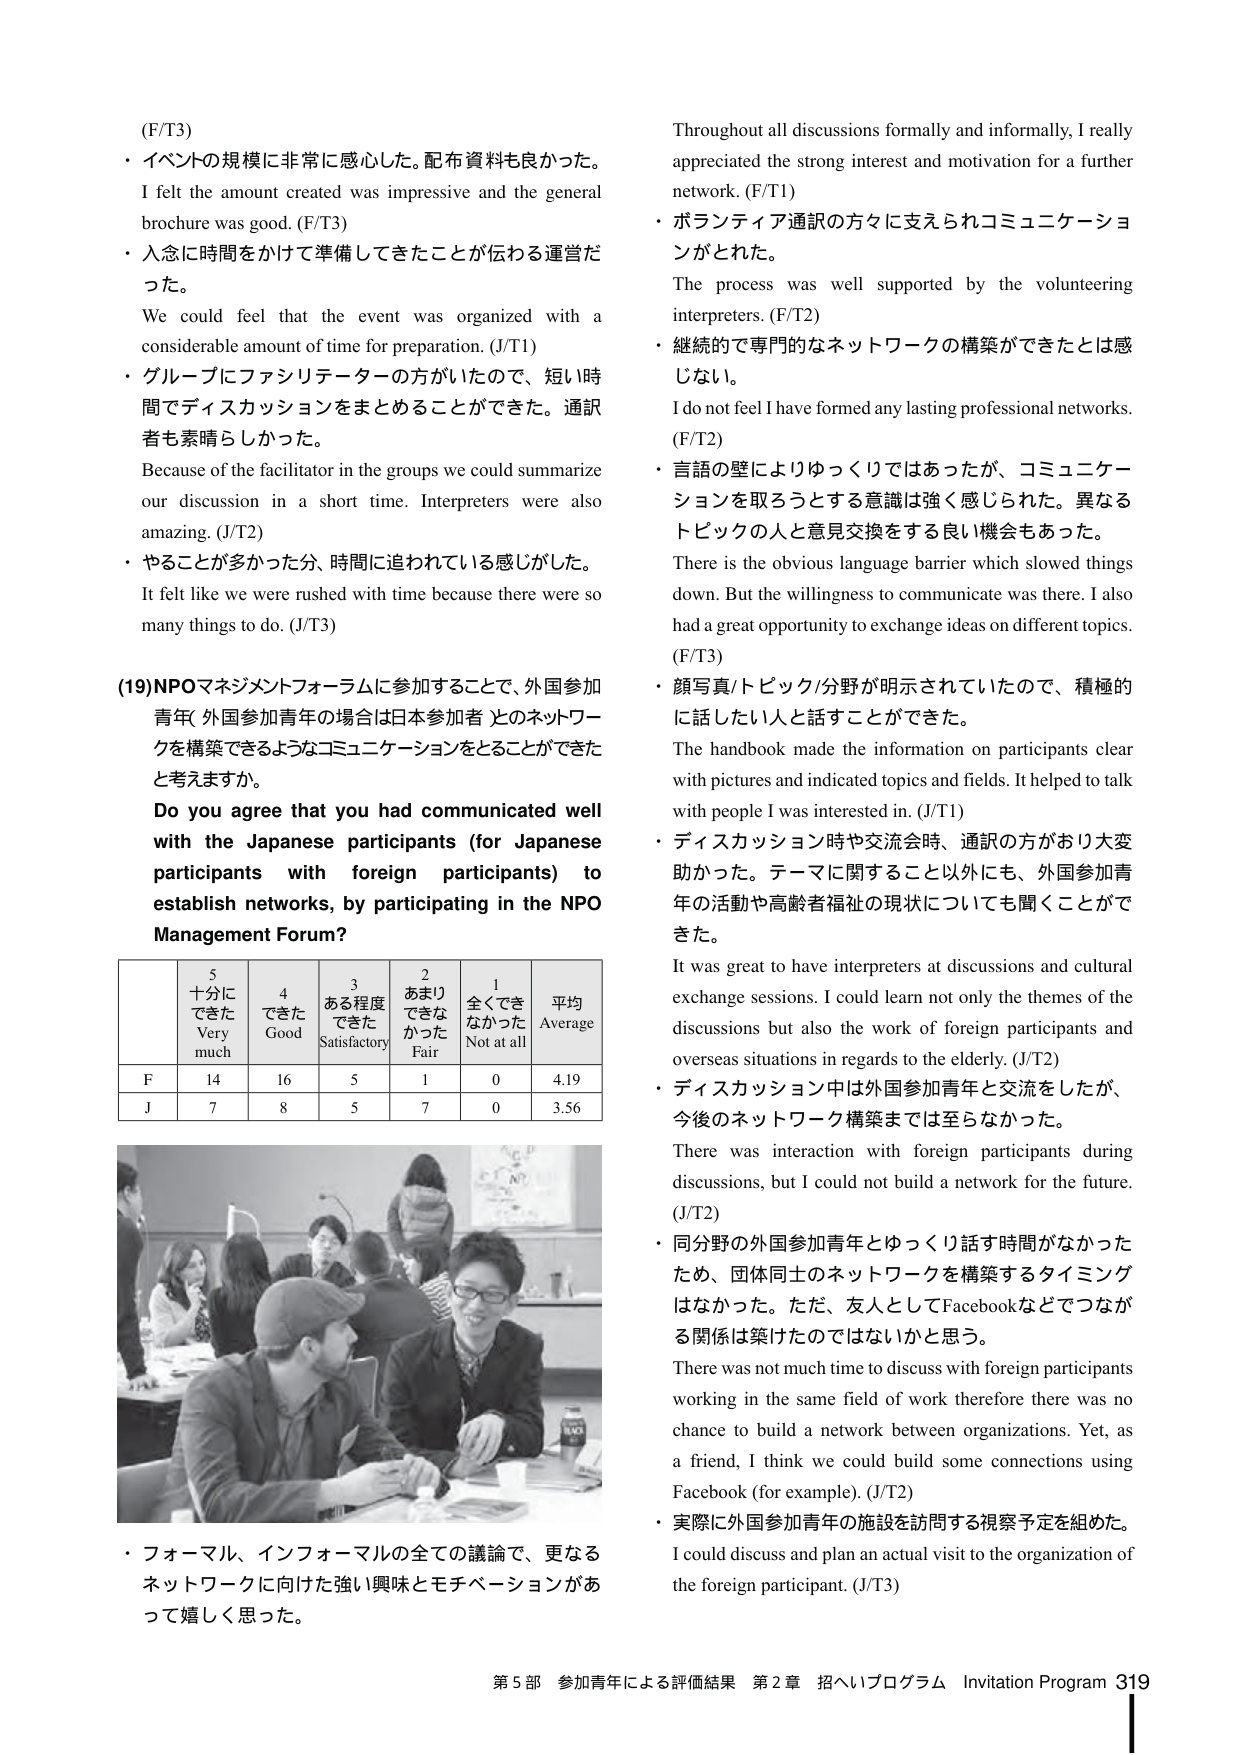
(F/T3)
・イベントの規模に非常に感心した。配布資料も良かった。
I felt the amount created was impressive and the general brochure was good. (F/T3)
・入念に時間をかけて準備してきたいことが伝わる運営だった。
We could feel that the event was organized with a considerable amount of time for preparation. (J/T1)
・グループにファシリテーターの方がいたので、短い時間でディスカッションをまとめることがで きた。通訳者も素晴らしかった。
Because of the facilitator in the groups we could summarize our discussion in a short time. Interpreters were also amazing. (J/T2)
・やることが多かった分、時間に追われている感じがした。
It felt like we were rushed with time because there were so many things to do. (J/T3)

(19)NPOマネジメントフォーラムに参加することで、外国参加青年（外国参加青年の場合は日本参加者）とのネットワークを構築できるようなコミュニケーションをとることができたと考えますか。
Do you agree that you had communicated well with the Japanese participants (for Japanese participants with foreign participants) to establish networks, by participating in the NPO Management Forum?

| | 5 十分にできた Very much | 4 できた Good | 3 ある程度できた Satisfactory | 2 あまりできなかった Fair | 1 全くできなかった Not at all | 平均 Average |
|---|---|---|---|---|---|---|
| F | 14 | 16 | 5 | 1 | 0 | 4.19 |
| J | 7 | 8 | 5 | 7 | 0 | 3.56 |

・フォーマル、インフォーマルの全ての議論で、更なるネットワークに向けた強い興味とモチベーションがあって嬉しく思った。

Throughout all discussions formally and informally, I really appreciated the strong interest and motivation for a further network. (F/T1)
・ボランティア通訳の方々に支えられコミュニケーションがとれた。
The process was well supported by the volunteering interpreters. (F/T2)
・継続的で専門的なネットワークの構築ができたとは感じない。
I do not feel I have formed any lasting professional networks. (F/T2)
・言語の壁によりゆっくりではあったが、コミュニケーションを取ろうとする意識は強く感じられた。異なるトピックの人と意見交換をする良い機会もあった。
There is the obvious language barrier which slowed things down. But the willingness to communicate was there. I also had a great opportunity to exchange ideas on different topics. (F/T3)
・顔写真/トピック/分野が明示されていたので、積極的に話したい人と話すことができた。
The handbook made the information on participants clear with pictures and indicated topics and fields. It helped to talk with people I was interested in. (J/T1)
・ディスカッション時や交流会時、通訳の方がおり大変助かった。テーマに関すること以外にも、外国参加青年の活動や高齢者福祉の現状についても聞くことができた。
It was great to have interpreters at discussions and cultural exchange sessions. I could learn not only the themes of the discussions but also the work of foreign participants and overseas situations in regards to the elderly. (J/T2)
・ディスカッション中は外国参加青年と交流をしたが、今後のネットワーク構築までは至らなかった。
There was interaction with foreign participants during discussions, but I could not build a network for the future. (J/T2)
・同分野の外国参加青年とゆっくり話す時間がなかったため、団体同士のネットワークを構築するタイミングはなかった。ただ、友人としてFacebookなどでつながる関係は築けたのではないかと思う。
There was not much time to discuss with foreign participants working in the same field of work therefore there was no chance to build a network between organizations. Yet, as a friend, I think we could build some connections using Facebook (for example). (J/T2)
・実際に外国参加青年の施設を訪問する視察予定を組めた。
I could discuss and plan an actual visit to the organization of the foreign participant. (J/T3)

第5部 参加青年による評価結果 第2章 招へいプログラム Invitation Program 319